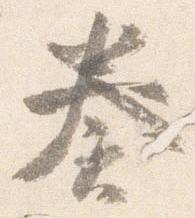
奏